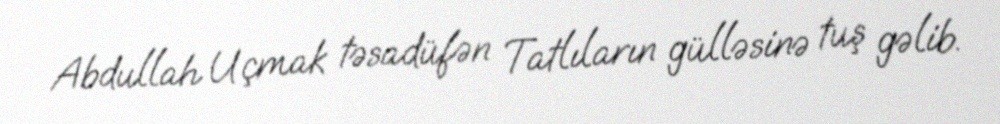
Abdullah Uçmak təsadüfən Tatlıların gülləsinə tuş gəlib.